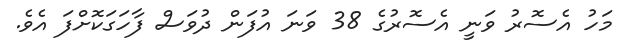
މަހު އެސޮރު ވަނީ އެސޮރުގެ 38 ވަނަ އުފަން ދުވަސް ފާހަގަކޮށްފަ އެވެ.